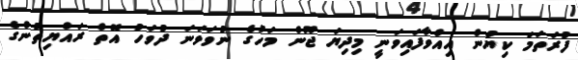
ފުރަތަމަ ކިޔުން އިއްވާފައިވަނީ މިދިޔަ ޖޫން މަހުގެ ނުވަވަނަ ދުވަހު އޮތް ރައްޔިތުންގެ